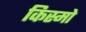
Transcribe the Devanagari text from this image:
किस्मो